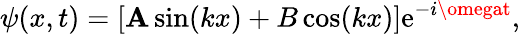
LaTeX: \psi(x,t)=[\mathbf{A}\sin(kx)+B\cos(kx)]\mathrm{{e}}^{-i\omegat},